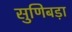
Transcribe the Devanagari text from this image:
सुणिबड़ा